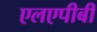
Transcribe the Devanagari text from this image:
एलएपीबी